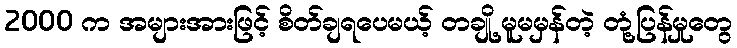
2000 က အများအားဖြင့် စိတ်ချရပေမယ့် တချို့ မူမမှန်တဲ့ တုံ့ပြန်မှုတွေ